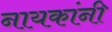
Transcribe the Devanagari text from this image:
नायकांनी